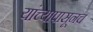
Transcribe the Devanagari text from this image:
यांच्यापासूनच